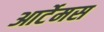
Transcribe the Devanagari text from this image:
आर्टेमस